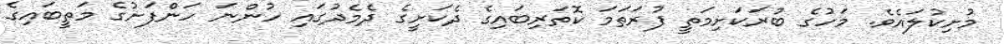
މުށިކުލައެވެ. މަހުގެ ބުރަކަށިމަތީ ފުރަތަމަ ކޮތަރިބައިގެ ދެކަށީގެ ދެމެދުގައި ހުންނަ ހަންފަށުގެ މަތީބައިގެ